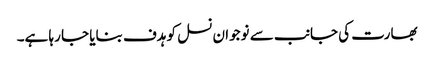
بھارت کی جانب سے نوجوان نسل کو ہدف بنایا جا رہا ہے۔